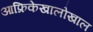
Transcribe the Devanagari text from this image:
आफ्रिकेखालोखाल